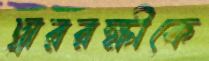
দ্বাররক্ষীকে